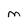
Character: M